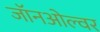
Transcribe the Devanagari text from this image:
जॉनओल्वर